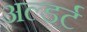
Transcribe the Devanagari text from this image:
अल्डर्ट